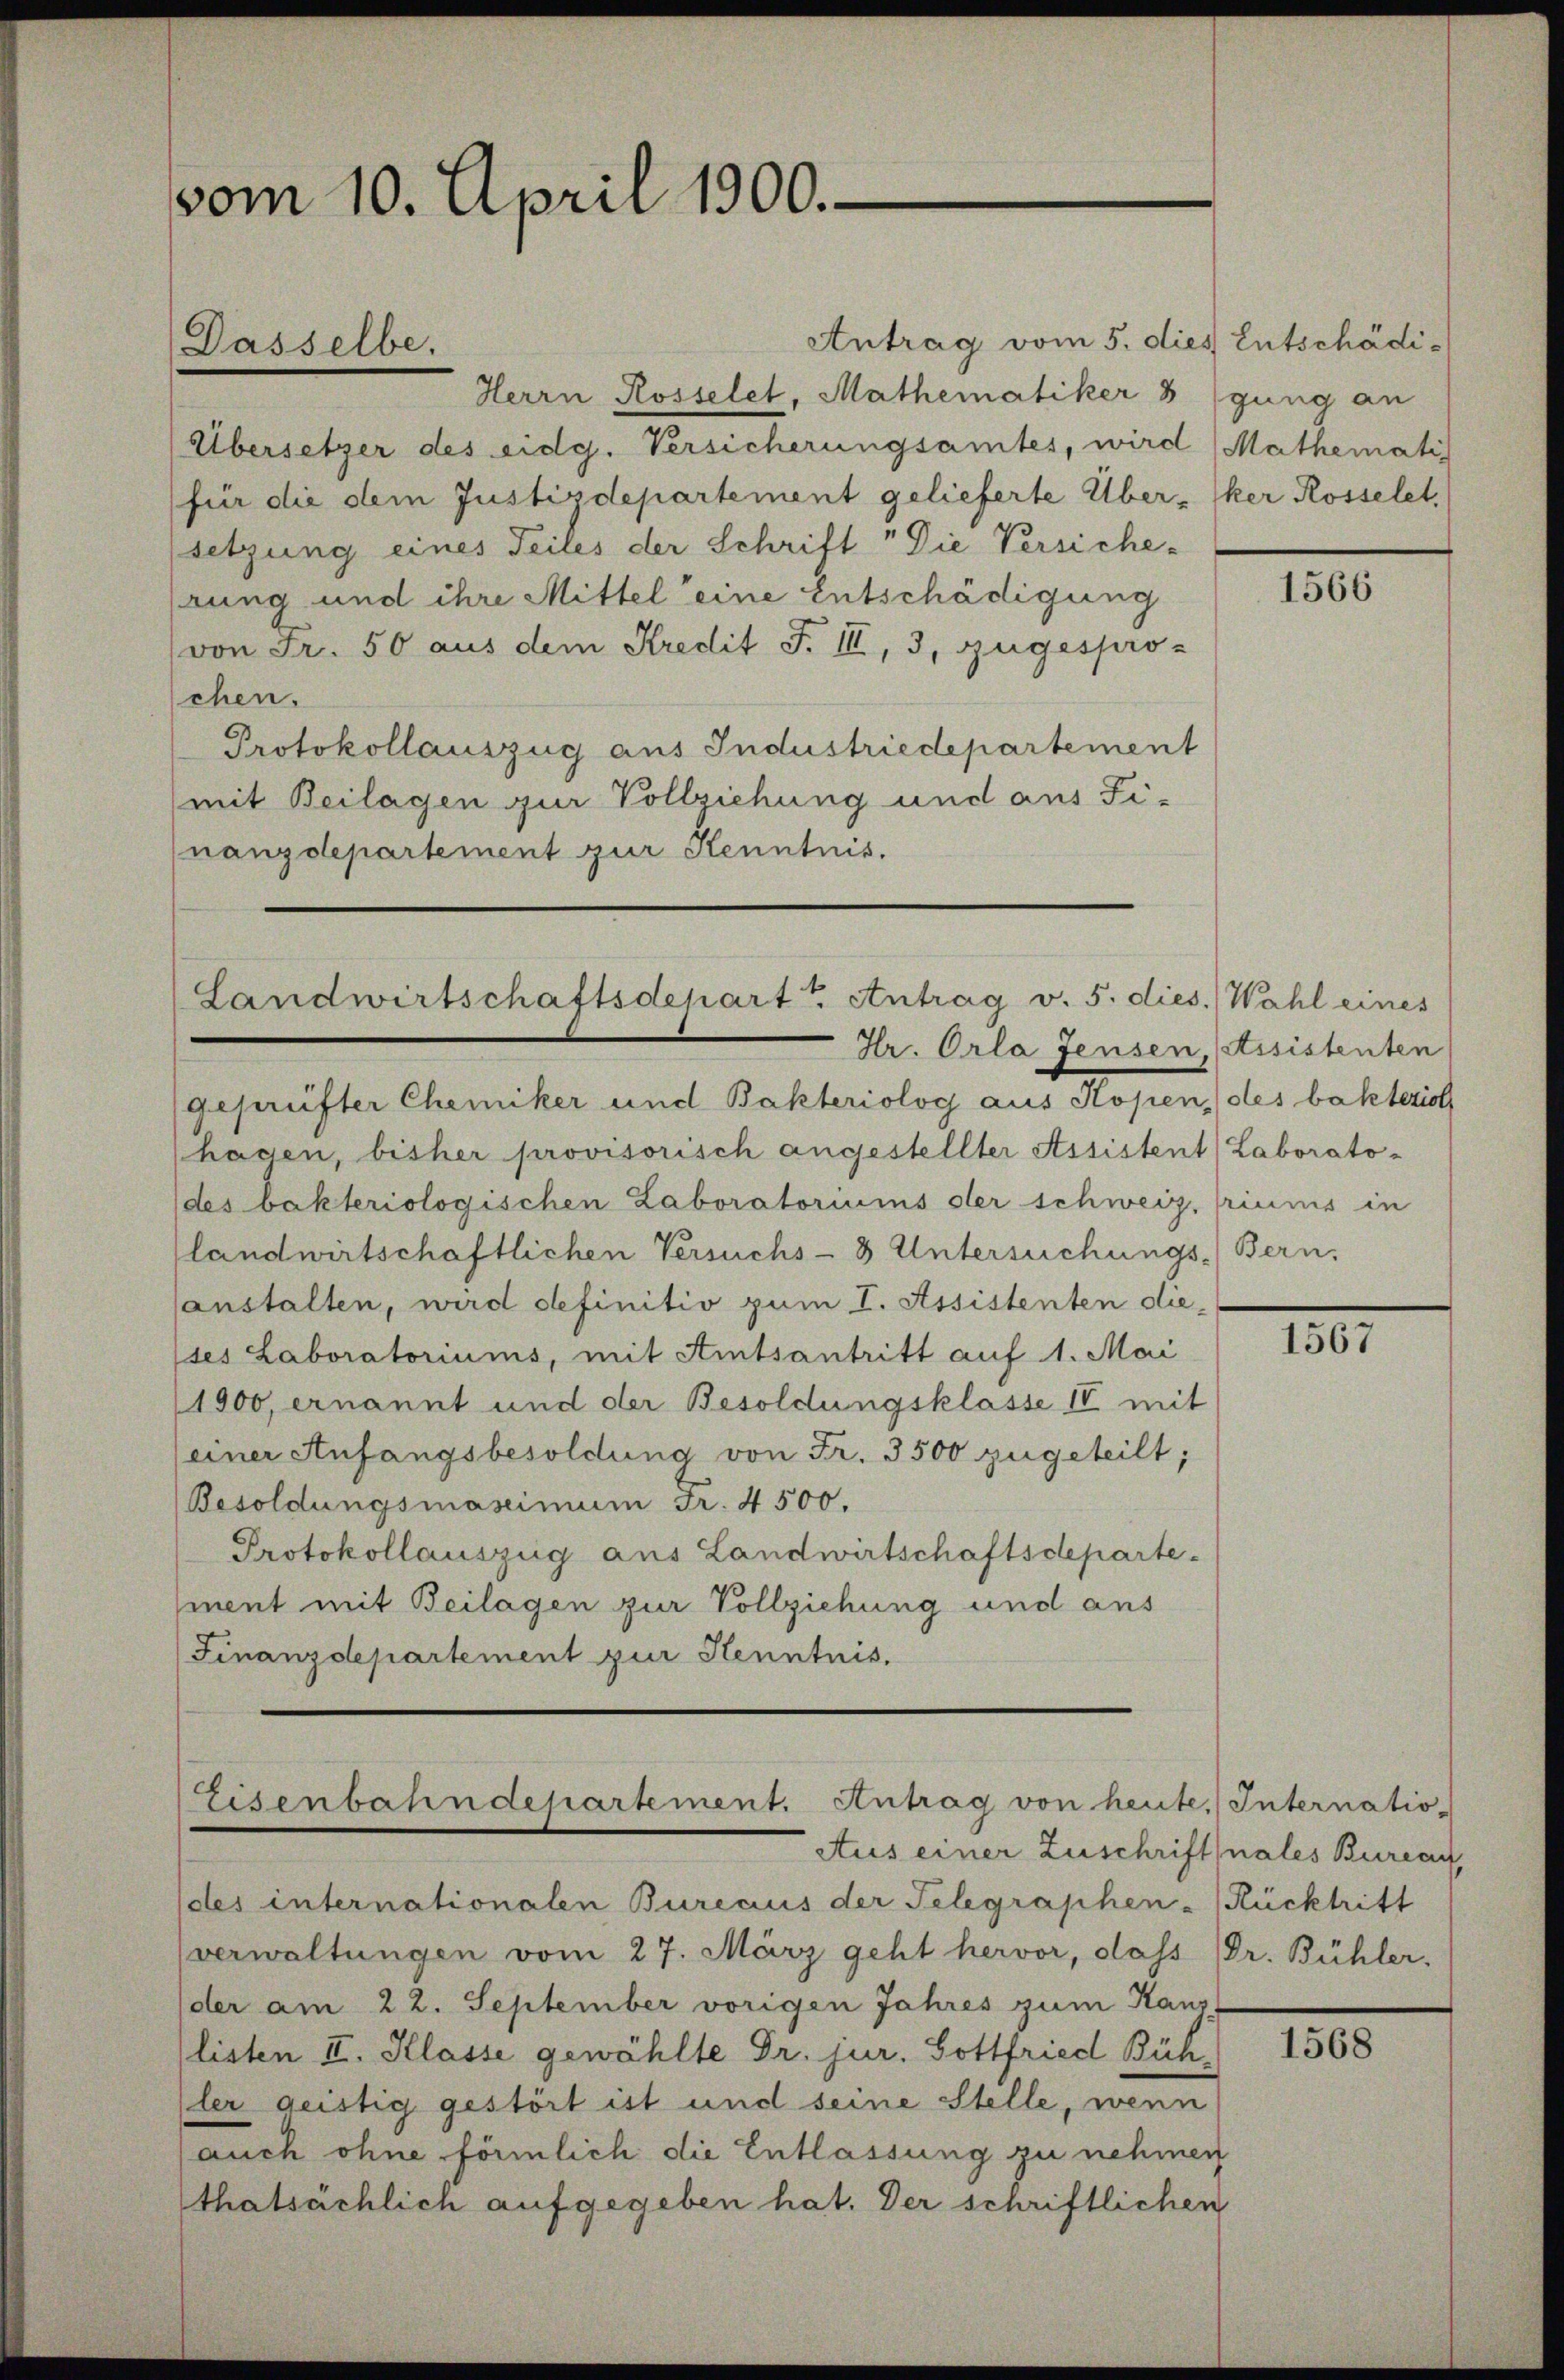
vom 10. April 1900.

Antrag vom 5. dies Entschädi¬
Herrn Rosselet, Mathematiker 8 (gung an
Übersetzer des eidg. Versicherungsamtes, wird Mathematis
für die dem Justizdepartement gelieferte Über-Iker Rosselet,
setzung eines Teiles der Schrift " Die Versiche-
rung und ihre Mittel eine Entschädigung
(von Fr. 50 aus dem Kredit F. III, 3, zugespro-
chen.
Protokollauszug aus Industriedepartement
mit Beilagen zur Vollziehung und aus Fi-
nanzdepartement zur Kenntnis.

Dasselbe.

Landwirtschaftsdepart. Antrag v. 5. dies. Wahl eines
Hr. Orla Jensen, (Assistenten

Eisenbahndepartement. Antrag von heute. Internatio-
Aus einer Zuschriftnales Bureau

geprüfter Chemiker und Bakteriolog aus Kopen des bakterich
hagen, bisher provisorisch angestellter Assistent Laborato¬
(des bakteriologischen Laboratoriums der schweiz, priums in
landwirtschaftlichen Versuchs-3 Untersuchungs-Bern.
anstalten, wird definitiv zum I. Assistenten die¬
(ses Laboratoriums, mit Amtsantritt auf 1. Mai
1900, ernannt und der Besoldungsklasse II mit
(einer Anfangsbesoldung von Fr. 3500 zugeteilt;
Besoldungsmassimum Fr. 4500.
Protokollauszug aus Landwirtschaftsdeparte-
ment mit Beilagen zur Vollziehung und aus
(Finanzdepartement zur Kenntnis.

(des internationalen Bureaus der Telegraphen-Rücktritt
verwaltungen vom 27. März geht hervor, dass Dr. Bühler.
der am 22. September vorigen Jahres zum Kanz-
(listen II. Klasse gewählte Dr. jur. Gottfried Büh
ler geistig gestört ist und seine Stelle, wenn
auch ohne förmlich die Entlassung zu nehmen
thatsächlich aufgegeben hat. Der schriftlichen

1566

107

1568